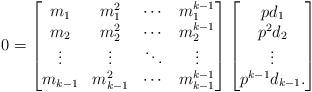
LaTeX: \begin{align*} 0 = \begin{bmatrix} m_1 & m_1^2 & \cdots & m_1^{k-1}\\ m_2 & m_2^2 & \cdots & m_2^{k-1}\\ \vdots & \vdots & \ddots & \vdots\\ m_{k-1} & m_{k-1}^2 & \cdots & m_{k-1}^{k-1} \end{bmatrix} \begin{bmatrix} pd_1\\ p^2d_2\\ \vdots\\ p^{k-1}d_{k-1}. \end{bmatrix}\end{align*}